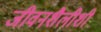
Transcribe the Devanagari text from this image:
जीवनशैलीशी